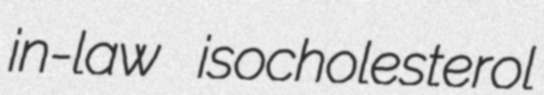
in-law isocholesterol